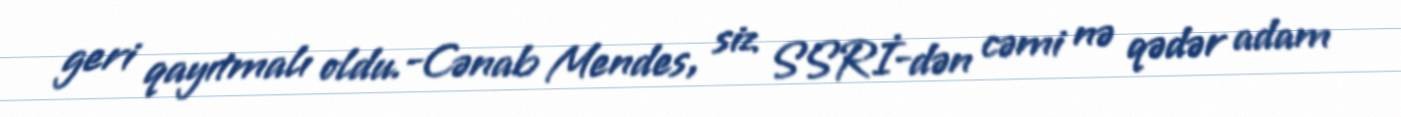
geri qayıtmalı oldu.-Cənab Mendes, siz SSRİ-dən cəmi nə qədər adam